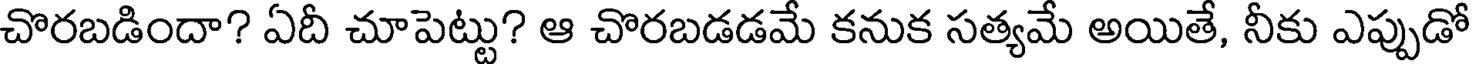
చొరబడిందా? ఏదీ చూపెట్టు? ఆ చొరబడడమే కనుక సత్యమే అయితే, నీకు ఎప్పుడో